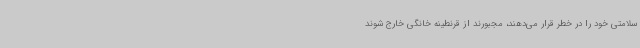
سلامتی خود را در خطر قرار می‌دهند، مجبورند از قرنطینه خانگی خارج شوند